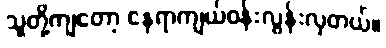
သူတို့ကျတော့ နေရာကျယ်ဝန်းလွန်းလှတယ်။